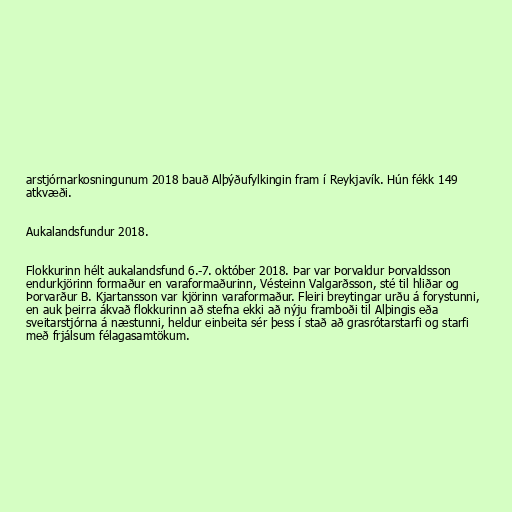
arstjórnarkosningunum 2018 bauð Alþýðufylkingin fram í Reykjavík. Hún fékk 149
atkvæði.

Aukalandsfundur 2018.

Flokkurinn hélt aukalandsfund 6.-7. október 2018. Þar var Þorvaldur Þorvaldsson
endurkjörinn formaður en varaformaðurinn, Vésteinn Valgarðsson, sté til hliðar og
Þorvarður B. Kjartansson var kjörinn varaformaður. Fleiri breytingar urðu á forystunni,
en auk þeirra ákvað flokkurinn að stefna ekki að nýju framboði til Alþingis eða
sveitarstjórna á næstunni, heldur einbeita sér þess í stað að grasrótarstarfi og starfi
með frjálsum félagasamtökum.